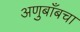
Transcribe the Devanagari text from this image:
अणुबाँबचा